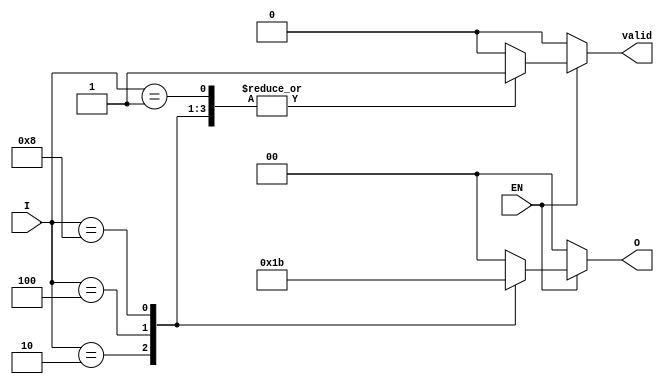
module encoder_1_of_N (
    input wire EN,        // Enable signal
    input wire [3:0] I,  // Input lines (I[0] to I[3])
    output reg [1:0] O,   // Output lines (O[0] to O[1])
    output reg valid      // Indicates if the output is valid (1 if valid, 0 if invalid)
);

always @(*) begin
    if (!EN) begin
        // If not enabled, output should remain at default state
        O = 2'b00;   // Default output when disabled
        valid = 0;   // Output is not valid
    end else begin
        // If enabled, determine which input line is active
        case(I)
            4'b0001: begin O = 2'b00; valid = 1; end  // Input 0 active
            4'b0010: begin O = 2'b01; valid = 1; end  // Input 1 active
            4'b0100: begin O = 2'b10; valid = 1; end  // Input 2 active
            4'b1000: begin O = 2'b11; valid = 1; end  // Input 3 active
            default: begin O = 2'b00; valid = 0; end  // No valid input
        endcase
    end
end

endmodule